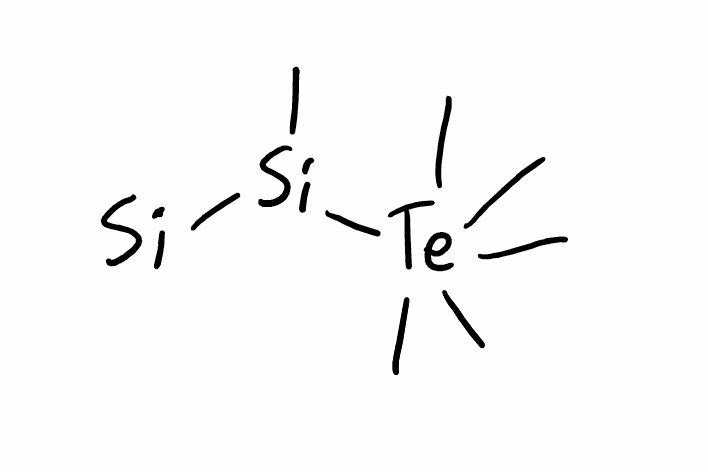
Simplified molecular-input line-entry system (SMILES) notation of the given molecule:
C[Si]([Si])[Te](C)(C)(C)(C)C